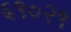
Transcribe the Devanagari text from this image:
६९०२९